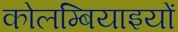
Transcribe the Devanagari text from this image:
कोलम्बियाइयों